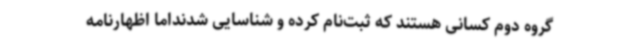
گروه دوم کسانی هستند که ثبت‌نام کرده و شناسایی شدنداما اظهارنامه